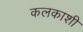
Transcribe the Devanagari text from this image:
कलकाशी